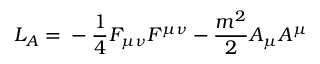
L _ { A } = \mathrm { } - \frac { 1 } { 4 } F _ { \mu \nu } F ^ { \mu \nu } - \frac { m ^ { 2 } } { 2 } A _ { \mu } A ^ { \mu }